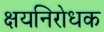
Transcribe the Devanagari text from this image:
क्षयनिरोधक